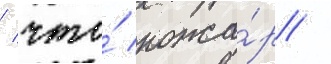
/ что́ пожа́р /